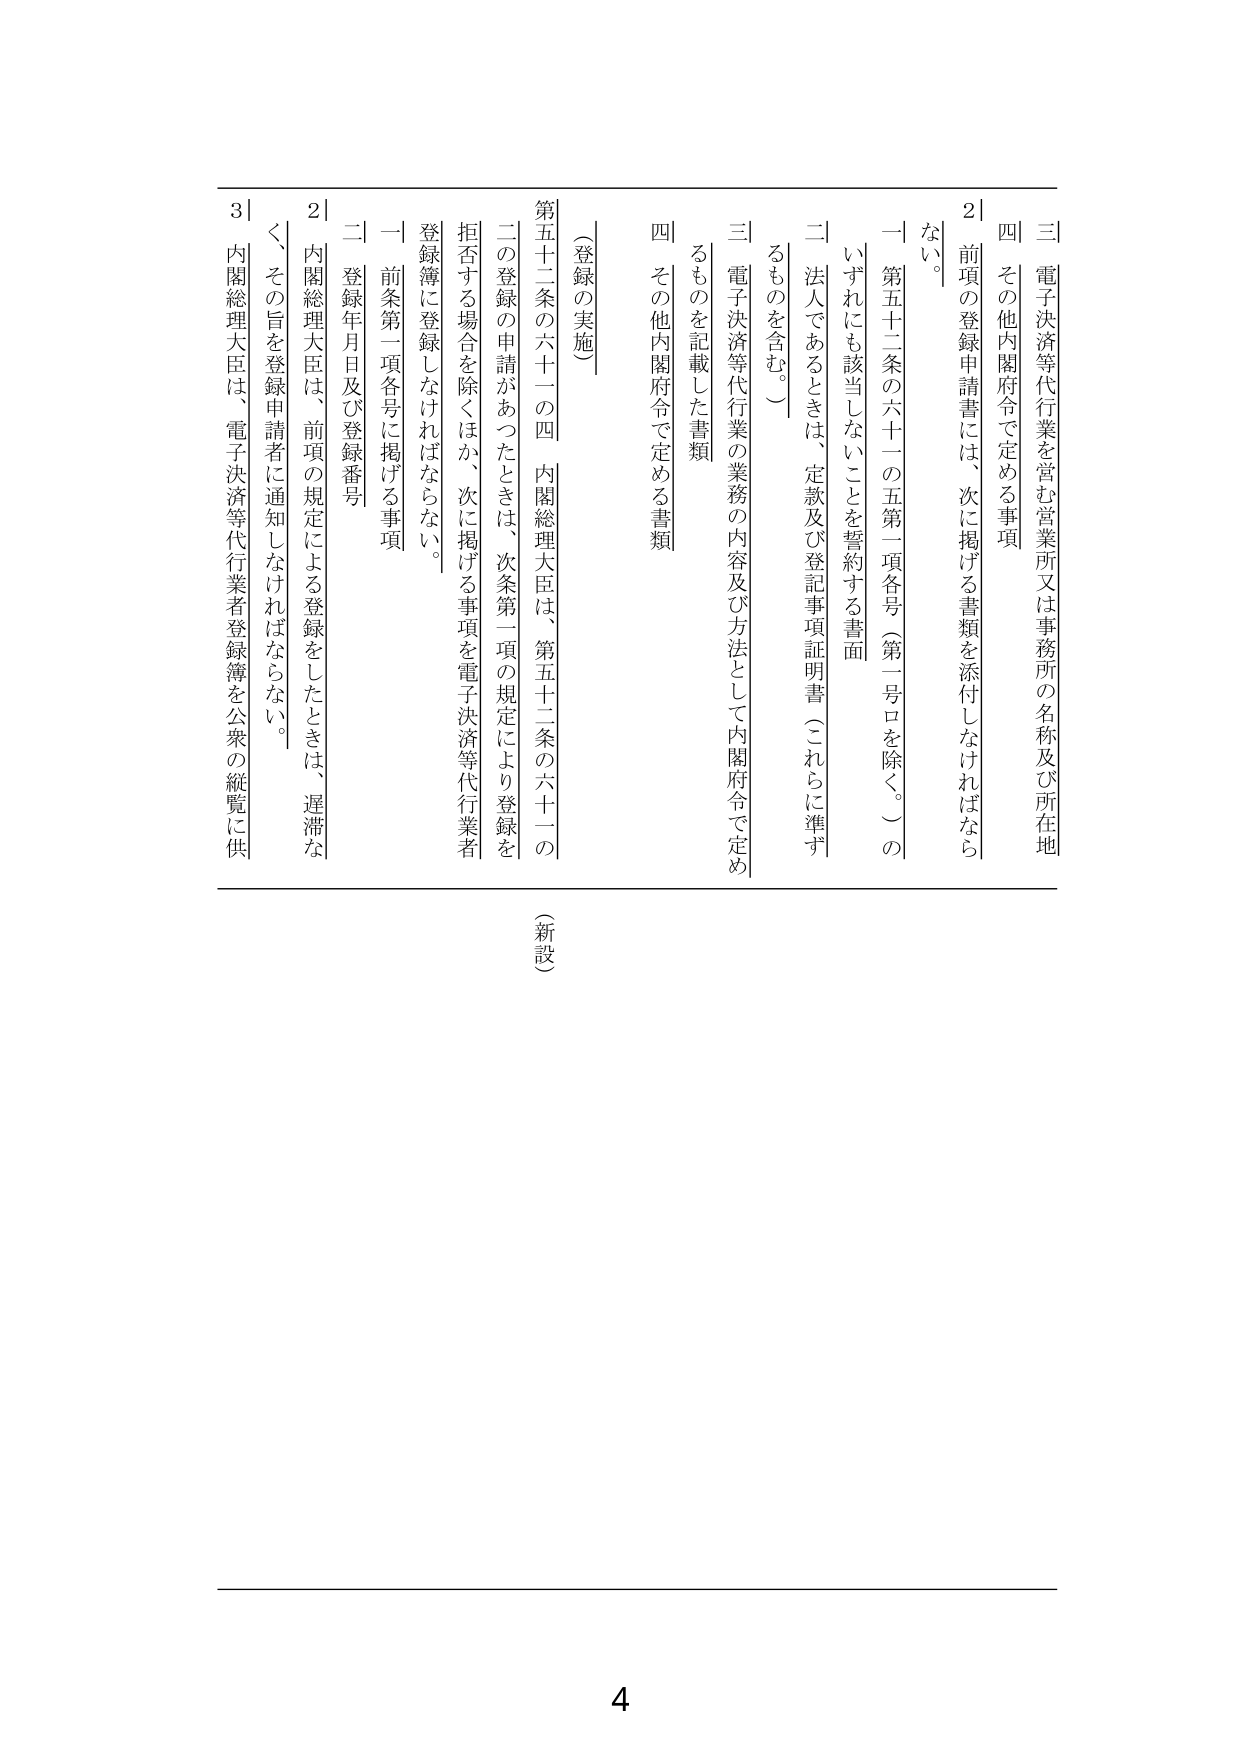
（新設）

〔登録の実施〕

第五十二条の六十一の四　内閣総理大臣は、第五十二条の六十一の二の登録の申請があったときは、次条第一項の規定により登録を拒否する場合を除くほか、次に掲げる事項を電子決済等代行業者登録簿に登録しなければならない。

一　前条第一項各号に掲げる事項

二　登録年月日及び登録番号

三　電子決済等代行業を営む営業所又は事務所の名称及び所在地

四　その他内閣府令で定める事項

２　前項の登録申請書には、次に掲げる書類を添付しなければならない。

一　第五十二条の六十一の五第一項各号（第一号ロを除く。）のいずれにも該当しないことを誓約する書面

二　法人であるときは、定款及び登記事項証明書（これらに準ずるものを含む。）

三　電子決済等代行業の業務の内容及び方法として内閣府令で定めるものを記載した書類

四　その他内閣府令で定める書類

３　内閣総理大臣は、電子決済等代行業者登録簿を公衆の縦覧に供し、その旨を登録申請者に通知しなければならない。

4